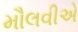
મૌલવીએ